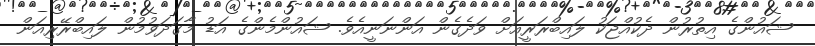
ޝައުންގެ އިތުރުން ދެކުއްޖަކު ލައިބްރަރީއަށް ވަދެގެން އަންނަނީއެވެ. ޝައުންމެންގެ އަޑު މާގަދަވުމުން ލައިބްރޭރިއަން